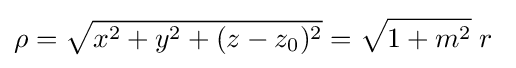
\rho ={\sqrt {x^{2}+y^{2}+(z-z_{0})^{2}}}={\sqrt {1+m^{2}}}\;r\